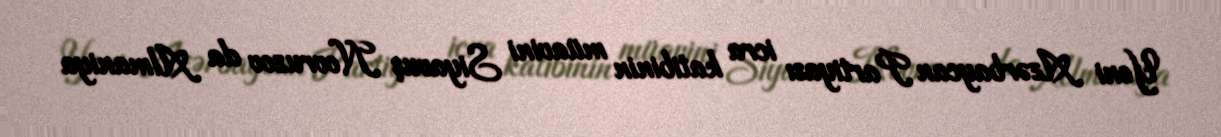
Yeni Azərbaycan Partiyası icra katibinin müavini Siyavuş Novruzov da Almaniya